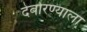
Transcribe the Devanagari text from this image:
देवोरण्याला